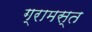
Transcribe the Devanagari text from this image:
ग्रामस्त